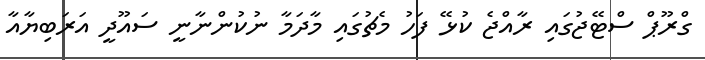
ގްރޫޕް ސްޓޭޖުގައި ރާއްޖެ ކުޅޭ ފަހު މެޗުގައި މާދަމާ ނުކުންނާނީ ސައޫދީ އަރަބިޔާއާ